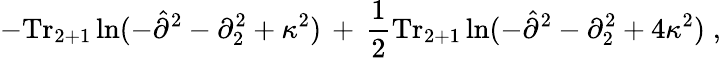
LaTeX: -\mathrm{Tr}_{2+1}\ln(-{\hat{\partial}}^{2}-\partial_{2}^{2}+\kappa^{2})\, +\, \frac{1}{2}\mathrm{Tr}_{2+1}\ln(-{\hat{\partial}}^{2}-\partial_{2}^{2}+4\kappa^{2})\; ,